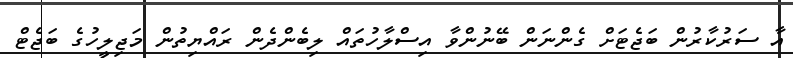
އާ ސަރުކާރުން ބަޖެޓަށް ގެންނަން ބޭނުންވާ އިސްލާހުތައް ލިބެންދެން ރައްޔިތުން މަޖިލީހުގެ ބަޖެޓް